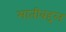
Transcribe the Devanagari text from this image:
मातीबद्दल